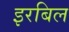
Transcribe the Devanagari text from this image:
इरबिल